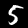
Digit: 5